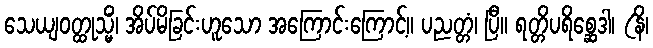
သေယျဝတ္ထုသ္မိံ၊ အိပ်မိခြင်းဟူသော အကြောင်းကြောင့်။ ပညတ္တံ၊ ပြီ။ ရတ္တိပရိစ္ဆေဒါ၊ (နိ၊